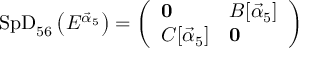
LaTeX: \mathrm { S p D } _ { 5 6 } \left( E ^ { { \vec { \alpha } } _ { 5 } } \right) = \left( \begin{array} { l l } { { { \bf 0 } } } & { { B [ { { \vec { \alpha } } _ { 5 } } ] } } \\ { { C [ { { \vec { \alpha } } _ { 5 } } ] } } & { { { \bf 0 } } } \end{array} \right)